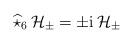
LaTeX: \begin{align*}\widehat{\star}_6 \, {\mathcal{H}}_\pm = \pm {\rm i} \, {\mathcal{H}}_\pm\end{align*}